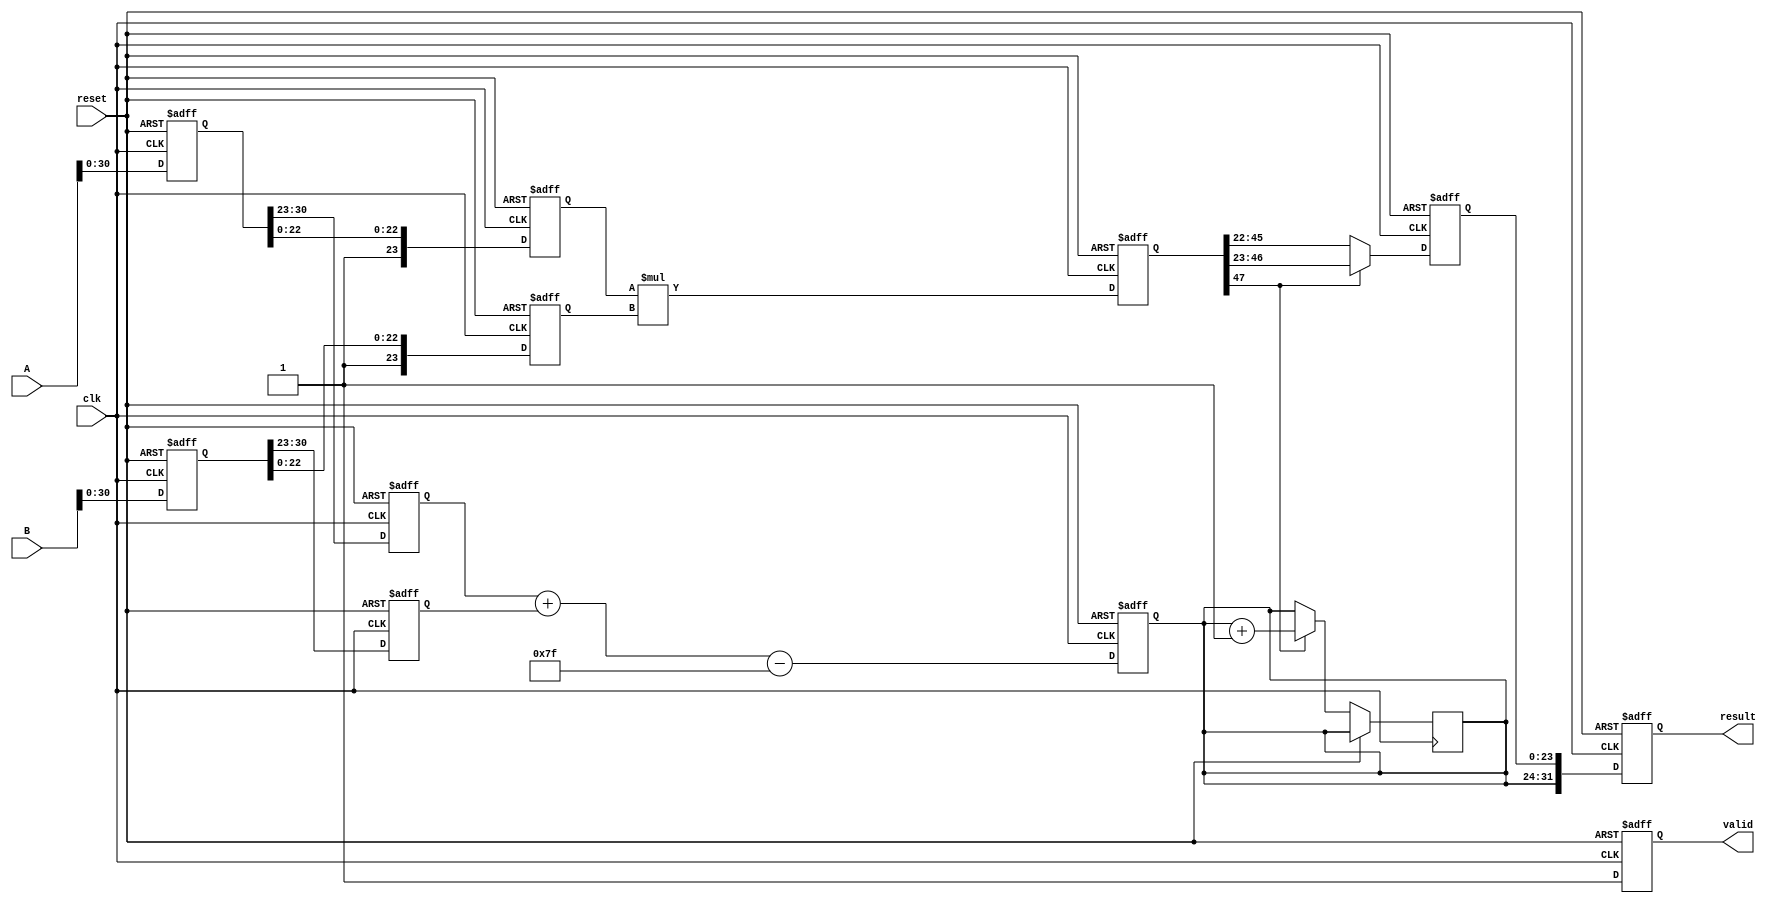
module pipelined_fp_multiplier (
    input clk,
    input reset,
    input [31:0] A,  // First float input
    input [31:0] B,  // Second float input
    output reg [31:0] result,  // Result of the multiplication
    output reg valid  // Indicates the valid output
);

    // Pipeline registers
    reg [31:0] stage1_A, stage1_B;
    reg [31:0] stage2_sign_A, stage2_sign_B;
    reg [7:0] stage2_exp_A, stage2_exp_B;
    reg [23:0] stage2_frac_A, stage2_frac_B;
    reg [7:0] stage3_exp_result;
    reg [47:0] stage4_frac_result; // 24 + 24 bits for multiplication
    reg [23:0] stage5_normalized_frac;
    reg stage5_sign_result;

    // Constants
    parameter EXP_BIAS = 8'd127;

    // Stage 1: Input Register
    always @(posedge clk or posedge reset) begin
        if (reset) begin
            stage1_A <= 32'b0;
            stage1_B <= 32'b0;
        end else begin
            stage1_A <= A;
            stage1_B <= B;
        end
    end

    // Stage 2: Decompose Operands
    always @(posedge clk or posedge reset) begin
        if (reset) begin
            stage2_sign_A <= 1'b0;
            stage2_sign_B <= 1'b0;
            stage2_exp_A <= 8'b0;
            stage2_exp_B <= 8'b0;
            stage2_frac_A <= 24'b0;
            stage2_frac_B <= 24'b0;
        end else begin
            stage2_sign_A <= stage1_A[31];
            stage2_sign_B <= stage1_B[31];
            stage2_exp_A <= stage1_A[30:23];
            stage2_exp_B <= stage1_B[30:23];
            stage2_frac_A <= {1'b1, stage1_A[22:0]}; // Add implicit leading 1
            stage2_frac_B <= {1'b1, stage1_B[22:0]}; // Add implicit leading 1
        end
    end

    // Stage 3: Exponent Calculation
    always @(posedge clk or posedge reset) begin
        if (reset) begin
            stage3_exp_result <= 8'b0;
        end else begin
            stage3_exp_result <= stage2_exp_A + stage2_exp_B - EXP_BIAS;
        end
    end

    // Stage 4: Mantissa Multiplication
    always @(posedge clk or posedge reset) begin
        if (reset) begin
            stage4_frac_result <= 48'b0;
        end else begin
            stage4_frac_result <= stage2_frac_A * stage2_frac_B;
        end
    end

    // Stage 5: Normalize Result
    always @(posedge clk or posedge reset) begin
        if (reset) begin
            stage5_normalized_frac <= 24'b0;
            stage5_sign_result <= 1'b0;
        end else begin
            // Normalize the mantissa
            if (stage4_frac_result[47] == 1) begin
                // If overflow
                stage5_normalized_frac <= stage4_frac_result[46:23]; // Shift right
                stage3_exp_result <= stage3_exp_result + 1; // Increase exponent
            end else begin
                stage5_normalized_frac <= stage4_frac_result[45:22]; // Already in range
            end
            // Determine the sign of the result
            stage5_sign_result <= stage2_sign_A ^ stage2_sign_B;
        end
    end

    // Stage 6: Final Output Register
    always @(posedge clk or posedge reset) begin
        if (reset) begin
            result <= 32'b0;
            valid <= 1'b0;
        end else begin
            result <= {stage5_sign_result, stage3_exp_result, stage5_normalized_frac};
            valid <= 1'b1; // Indicate valid output
        end
    end

endmodule